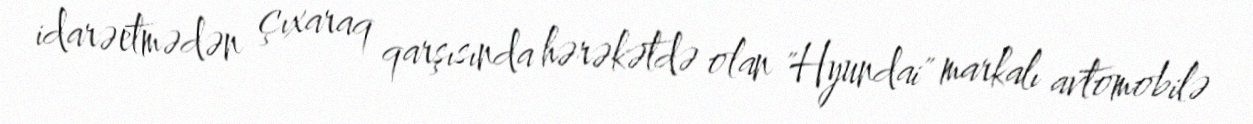
idarəetmədən çıxaraq qarşısında hərəkətdə olan "Hyundai" markalı avtomobilə